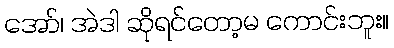
အော်၊ အဲဒါ ဆိုရင်တော့မ ကောင်းဘူး။